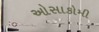
ઓસાકોમી